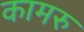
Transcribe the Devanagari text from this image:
कामरु